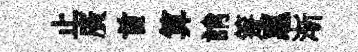
止廣首算誚箑惠渐